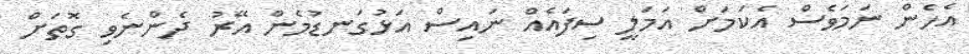
އެހެން ނަމަވެސް އެކަމަށް އަމަލީ ސިފައެއް ނައިސް އަޅުގަނޑުމެން އޭރު ދެންނެވި ގޮތަށް